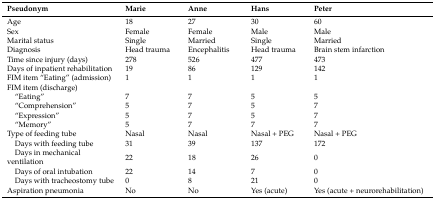
| Pseudonym | Marie | Anne | Hans | Peter |
 | --- | --- | --- | --- | --- |
 | Age | 18 | 27 | 30 | 60 |
 | Sex | Female | Female | Male | Male |
 | Marital status | Single | Married | Single | Married |
 | Diagnosis | Head trauma | Encephalitis | Head trauma | Brain stem infarction |
 | Time since injury (days) | 278 | 526 | 477 | 473 |
 | Days of inpatient rehabilitation | 19 | 86 | 129 | 142 |
 | FIM item “Eating” (admission) | 1 | 1 | 1 | 1 |
 | FIM item (discharge) |  |  |  |  |
 | “Eating” | 7 | 7 | 5 | 5 |
 | “Comprehension” | 5 | 7 | 5 | 7 |
 | “Expression” | 5 | 7 | 5 | 7 |
 | “Memory” | 5 | 7 | 7 | 7 |
 | Type of feeding tube | Nasal | Nasal | Nasal + PEG | Nasal + PEG |
 | Days with feeding tube | 31 | 39 | 137 | 172 |
 | Days in mechanical ventilation | 22 | 18 | 26 | 0 |
 | Days of oral intubation | 22 | 14 | 7 | 0 |
 | Days with tracheostomy tube | 0 | 8 | 21 | 0 |
 | Aspiration pneumonia | No | No | Yes (acute) | Yes (acute + neurorehabilitation) |